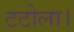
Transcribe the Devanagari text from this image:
टटोला।